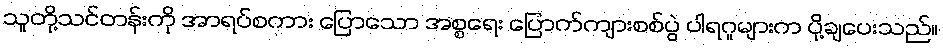
သူတို့သင်တန်းကို အာရပ်စကား ပြောသော အစ္စရေး ပြောက်ကျားစစ်ပွဲ ပါရဂူများက ပို့ချပေးသည်။